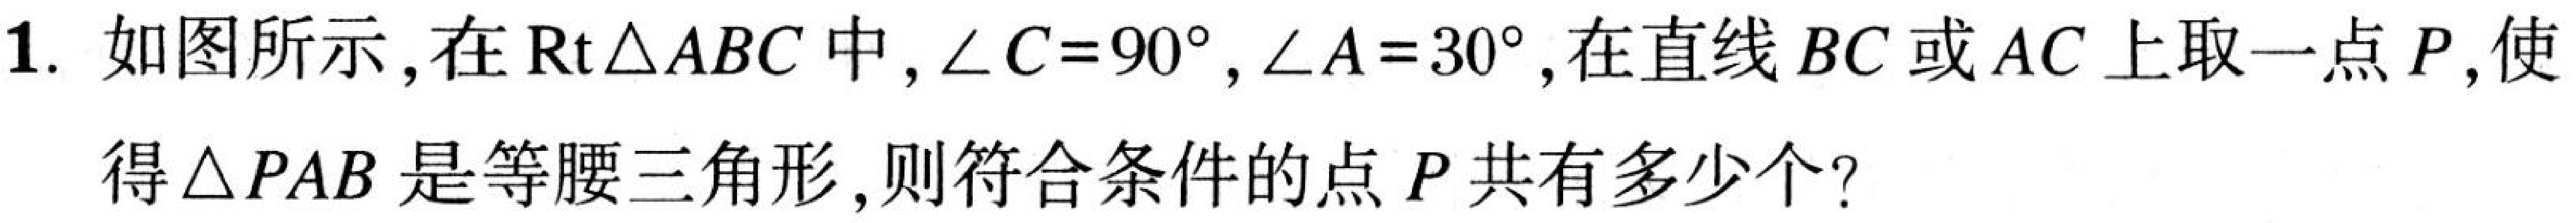
1. 如图所示，在$\text{Rt}\triangle ABC$中，$\angle C = 90^{\circ}$，$\angle A = 30^{\circ}$，在直线$BC$或$AC$上取一点$P$，使
得$\triangle PAB$是等腰三角形，则符合条件的点$P$共有多少个？